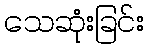
သေဆုံးခြင်း